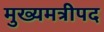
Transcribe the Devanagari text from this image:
मुख्यमत्रीपद